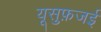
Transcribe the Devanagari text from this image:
यूसुफ़जई